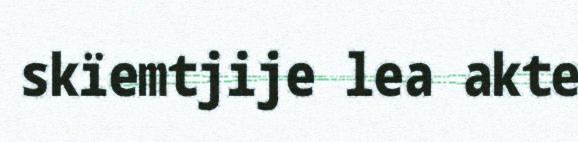
skïemtjije lea akte